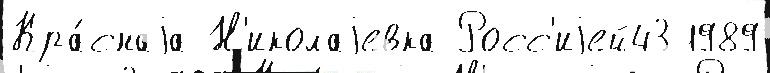
Кра́снаjа Н'иколаjевка Росс'иjей43 1989